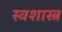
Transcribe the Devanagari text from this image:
स्वशास्त्र